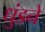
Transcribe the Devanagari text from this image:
धुंडने